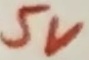
Text: 5V